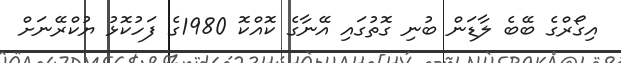
އިގޯރްގެ ބޭބެ ލާޑަން ބުނި ގޮތުގައި އޭނާގެ ކޮއްކޮ 1980ގެ ފަހުކޮޅު ޔުކްރޭނަށް